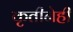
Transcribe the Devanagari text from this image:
कृतीनेही